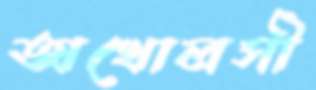
অখোলসী